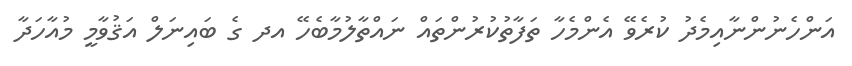
އަންހެނުންނާއިމެދު ކުރެވޭ އެންމެހާ ތަފާތުކުރުންތައް ނައްތާލުމާބެހޭ އދ ގެ ބައިނަލް އަޤުވާމީ މުއާހަދާ